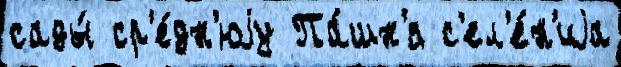
сады́ ср'е́дн'юjу Па́шн'я с'ел'е́н'иjа